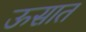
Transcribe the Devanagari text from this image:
ऊसात